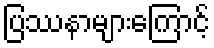
ပြဿနာများကြောင့်